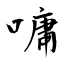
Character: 嘃